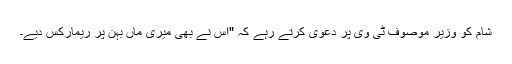
شام کو وزیر موصوف ٹی وی پر دعویٰ کرتے رہے کہ "اس نے بھی میری ماں بہن پر ریمارکس دیے۔